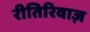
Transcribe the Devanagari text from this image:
रीतिरिवाज़